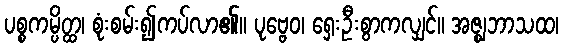
ပစ္စကမ္ပိတ္ထ၊ စုံးစမ်း၍ကပ်လာ၏။ ပုဗ္ဗေဝ၊ ရှေးဦးစွာကလျှင်။ အဇ္ဈဘာသထ၊